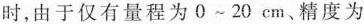
时，由于仅有量程为0～20cm、精度为